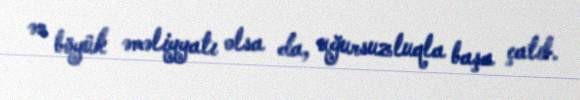
ən böyük əməliyyatı olsa da, uğursuzluqla başa çatıb.